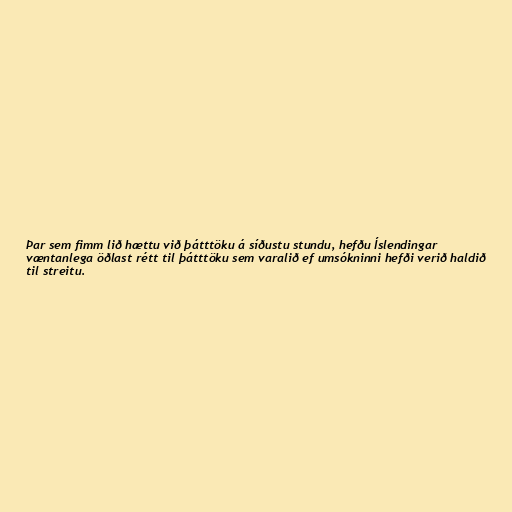
Þar sem fimm lið hættu við þátttöku á síðustu stundu, hefðu Íslendingar
væntanlega öðlast rétt til þátttöku sem varalið ef umsókninni hefði verið haldið
til streitu.